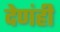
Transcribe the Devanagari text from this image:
देणंही